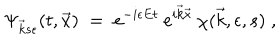
LaTeX: \Psi _ { \vec { k } s \epsilon } ( t , \vec { x } ) \; = \; e ^ { - i \epsilon E t } \: e ^ { i \vec { k } \vec { x } } \: \chi ( \vec { k } , \epsilon , s ) \; ,